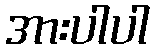
အားပါပါ